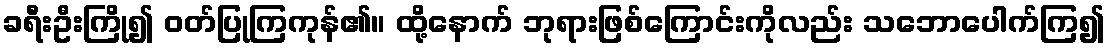
ခရီးဦးကြို၍ ဝတ်ပြုကြကုန်၏။ ထို့နောက် ဘုရားဖြစ်ကြောင်းကိုလည်း သဘောပေါက်ကြ၍